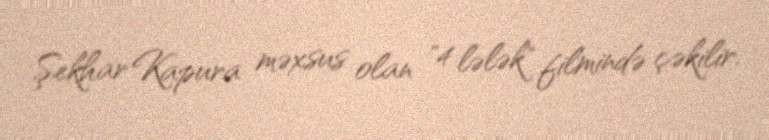
Şekhar Kapura məxsus olan "4 lələk" filmində çəkilir.